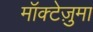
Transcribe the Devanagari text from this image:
मॉक्टेज़ुमा